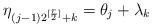
LaTeX: \begin{gather*} \eta_{(j-1)2^{[{r\over 2}]}+k}= \theta_j + \lambda_k\end{gather*}